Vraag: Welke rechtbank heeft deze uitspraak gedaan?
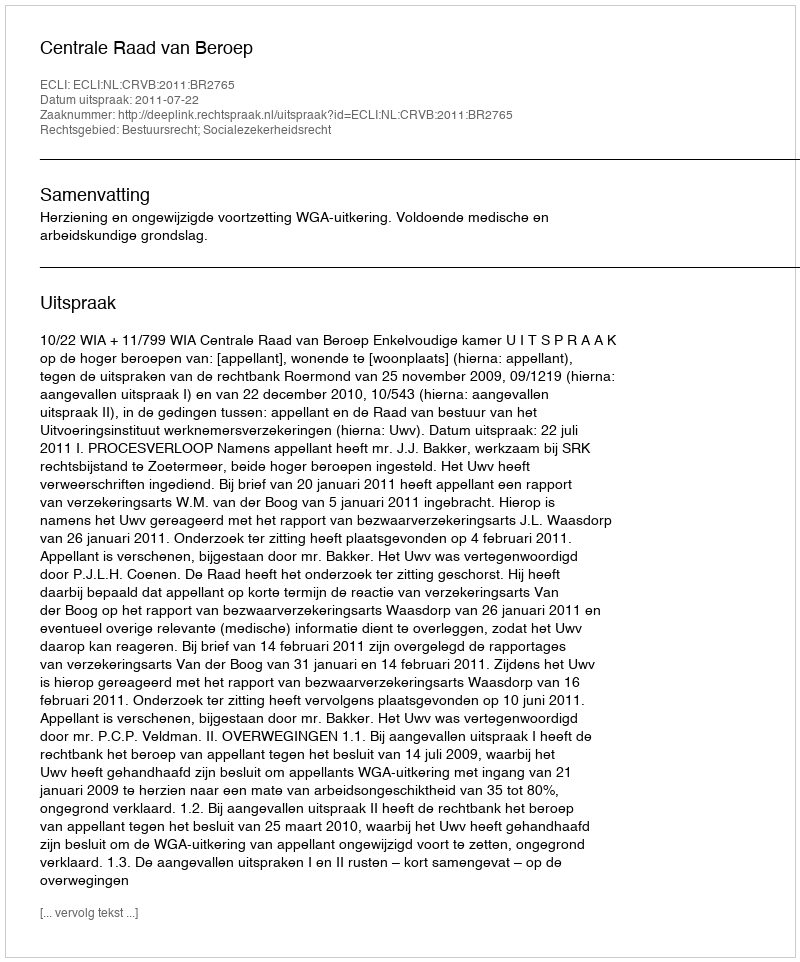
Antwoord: Centrale Raad van Beroep